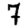
Digit: 7